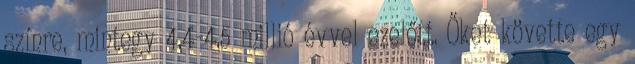
színre, mintegy 4,4-4,5 millió évvel ezelőtt. Őket követte egy